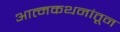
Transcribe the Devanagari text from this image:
आत्मकथनांतून